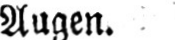
Augen.